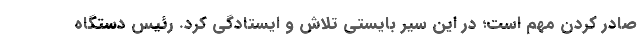
صادر کردن مهم است؛ در این سیر بایستی تلاش و ایستادگی کرد. رئیس دستگاه